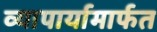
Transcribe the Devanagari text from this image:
व्यापार्यामार्फत